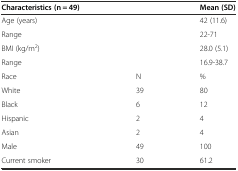
| Characteristics (n = 49) |  | Mean (SD) |
 | --- | --- | --- |
 | Age (years) |  | 42 (11.6) |
 | Range |  | 22-71 |
 | BMI (kg/m2) |  | 28.0 (5.1) |
 | Range |  | 16.9-38.7 |
 | Race | N | % |
 | White | 39 | 80 |
 | Black | 6 | 12 |
 | Hispanic | 2 | 4 |
 | Asian | 2 | 4 |
 | Male | 49 | 100 |
 | Current smoker | 30 | 61.2 |